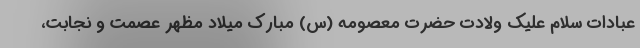
عبادات سلام علیک ولادت حضرت معصومه (س) مبارک میلاد مظهر عصمت و نجابت،